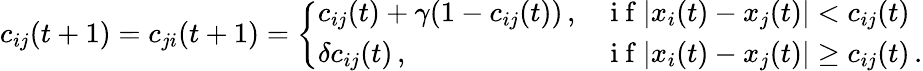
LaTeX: c_{ij}(t+1)=c_{ji}(t+1)=\left\{ \begin{array}{ll}{c_{ij}(t)+\gamma(1-c_{ij}(t))\, ,}&{\mathrm{~i~f~}|x_{i}(t)-x_{j}(t)|<c_{ij}(t)}\\ {\delta c_{ij}(t)\, ,}&{\mathrm{~i~f~}|x_{i}(t)-x_{j}(t)|\geq c_{ij}(t)\, .}\end{array}\right.